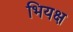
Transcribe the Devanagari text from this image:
भियक्ष